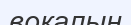
вокалын